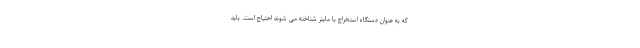
که به عنوان دستگاه استخراج یا ماینر شناخته می شوند احتیاج است. باید